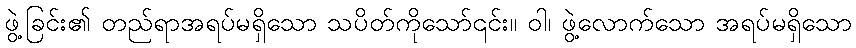
ဖွဲ့ခြင်း၏ တည်ရာအရပ်မရှိသော သပိတ်ကိုသော်၎င်း။ ဝါ၊ ဖွဲ့လောက်သော အရပ်မရှိသော